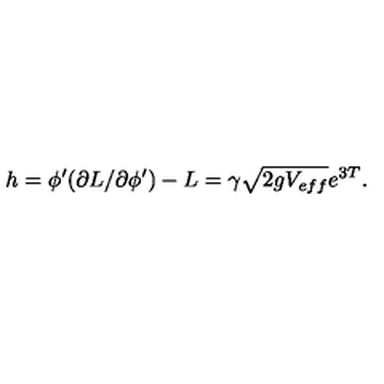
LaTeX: h = \phi ^ { \prime } ( \partial L / \partial \phi ^ { \prime } ) - L = \gamma \sqrt { 2 g V _ { e f f } } e ^ { 3 T } .